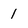
Character: 1